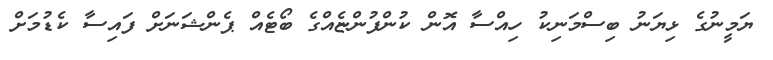
ޔަމީނުގެ ޅިޔަނު ބިސްމަނިކު ހިއްސާ އޮން ކުންފުންޏެއްގެ ބޯޓެއް ޕެންޝަނަށް ފައިސާ ކެޑުމަށް